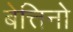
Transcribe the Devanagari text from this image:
बेत्तिनो